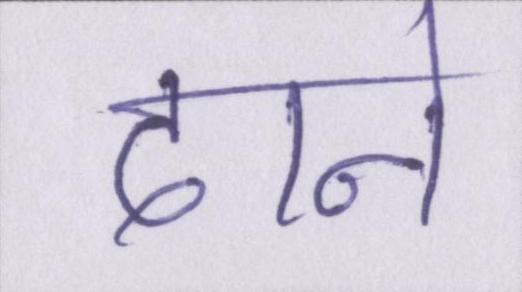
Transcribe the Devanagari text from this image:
दाने